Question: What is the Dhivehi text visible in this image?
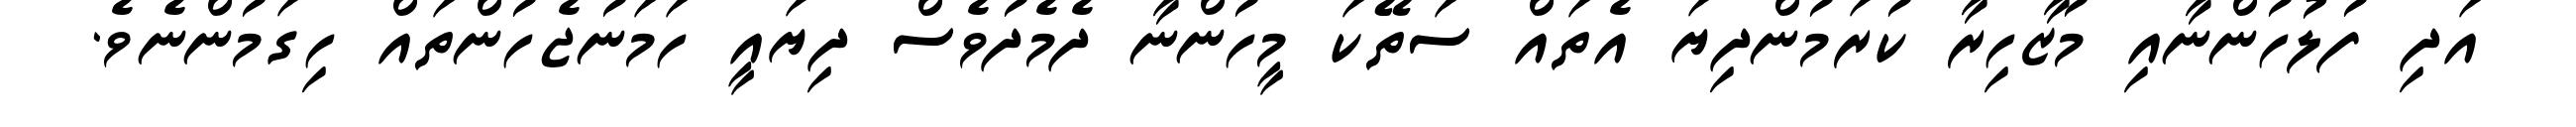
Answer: އަދި ފުލުހުންނާއި މުޒާހިރާ ކުރަމުންދިޔަ އެތައް ސަތޭކަ މީހުންނާ ދެމެދުވެސް ދިޔައީ ހަމަނުޖެހުންތައް ހިގަމުންނެވެ.